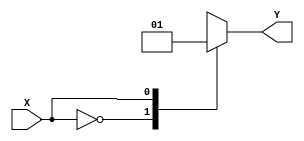
module behavior_block(
    input wire X,
    output reg Y
);

always @*
begin
    case(X)
        2'b00: Y = 1'b0; // If X is 00, set Y to 0
        2'b01: Y = 1'b1; // If X is 01, set Y to 1
        2'b10: Y = 1'b1; // If X is 10, set Y to 1
        2'b11: Y = 1'b0; // If X is 11, set Y to 0
        default: Y = 1'b0; // If X does not match any case, set Y to 0
    endcase
end

endmodule